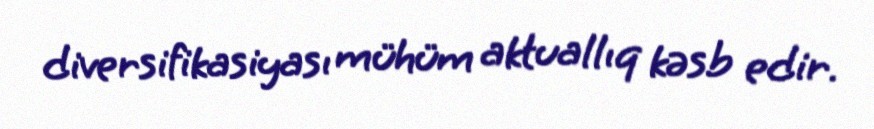
diversifikasiyası mühüm aktuallıq kəsb edir.